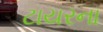
ટાયરના